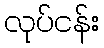
လုပ်ငန်း